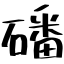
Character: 磻